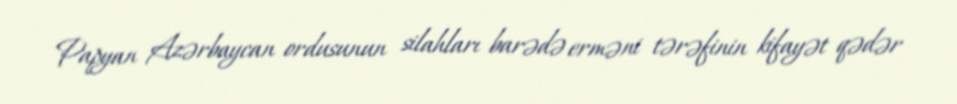
Papyan Azərbaycan ordusunun silahları barədə erməni tərəfinin kifayət qədər